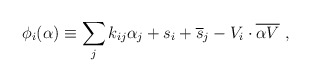
\begin{align*} \phi_i(\alpha)\equiv\sum_j k_{ij}\alpha_j + s_i +{\overline s}_j -V_i\cdot {\overline{\alpha V}}~,\end{align*}